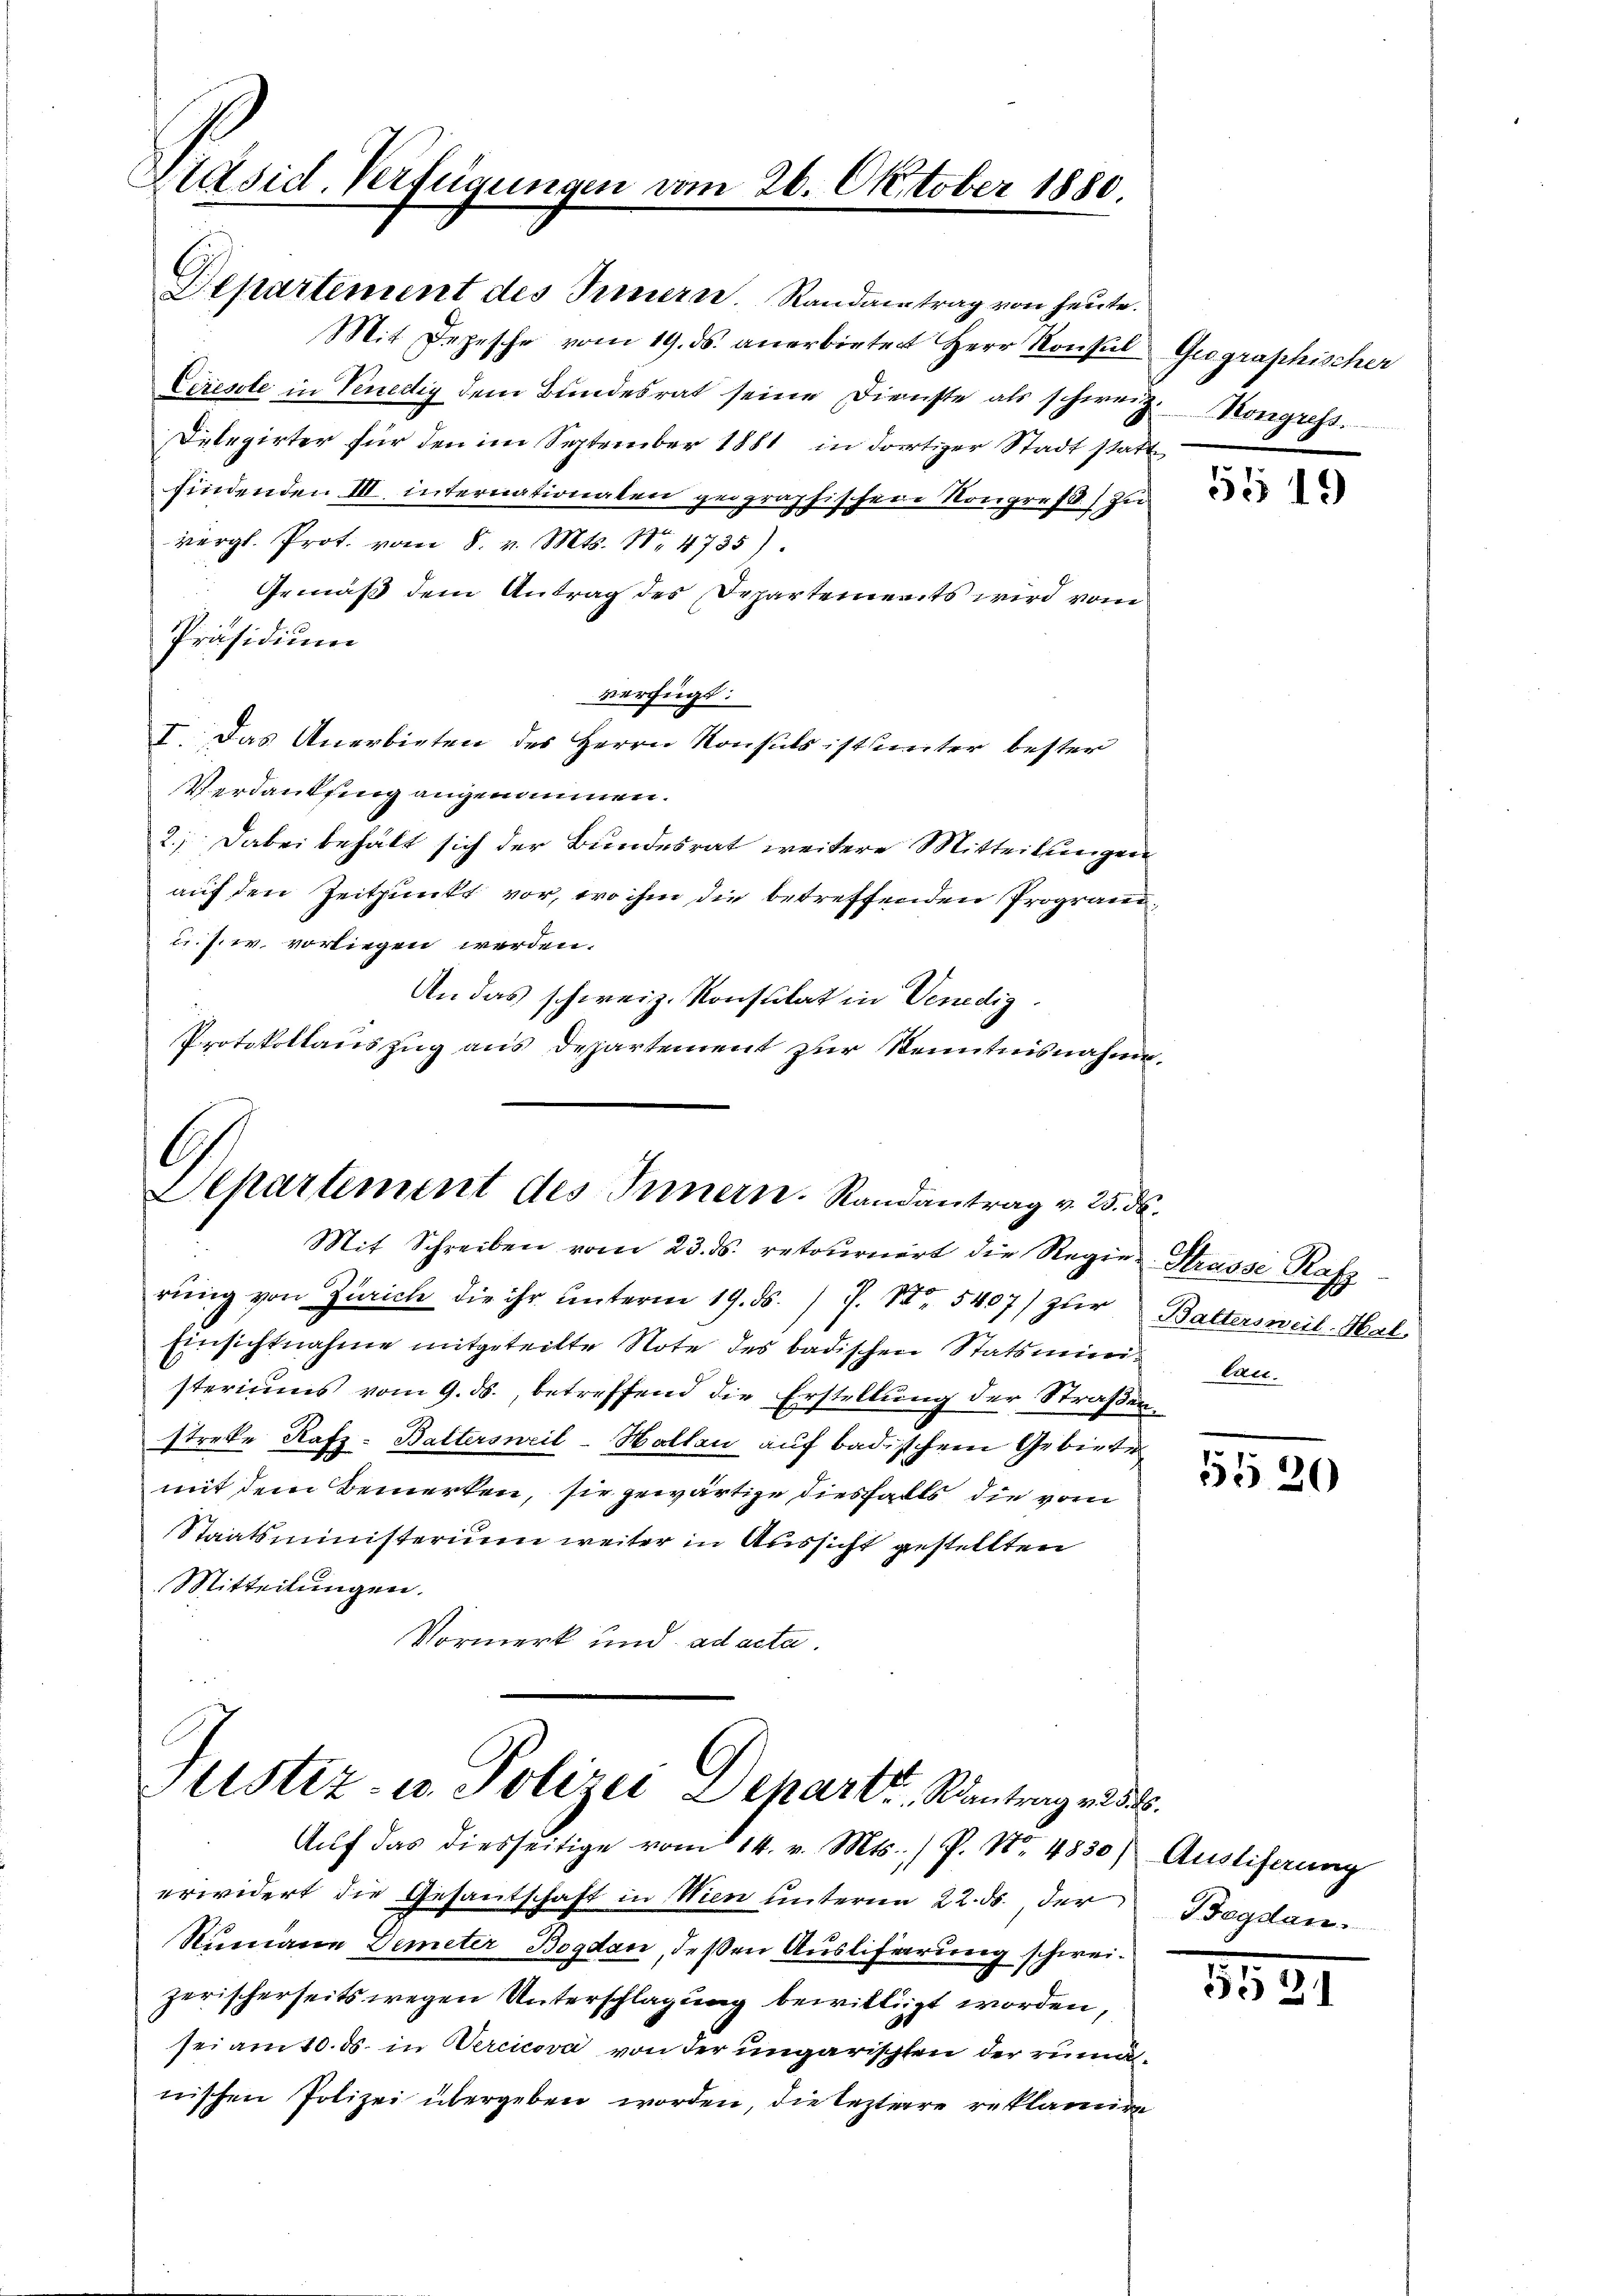
Präsid. Verfügungen vom 26. Oktober 1880.

Mit Depesche vom 19. ds. anerbietet Herr Konsul
Ceresole in Venedig dem Bundesrat seine Dienste als schweiz.
Dilegirter für den im September 1881 in dortiger Stadt stattfindenden III internationalen geographischen Kongres) zu
vergl. Prot. vom 8. v. Mts. 18. 4735).
Gemäß dem Antrag des Departements wird vom
Präsidium
verfügt:
I. Das Anerbieten des Herrn Konsuls ist unter bester
Verdankung angenommen.
2; dabei behält sich der Bundesrat weitere Mitteilungen
auf den Zeitpunkt vor, wo ihm die betreffenden Progrand¬
u. s. w. vorliegen werden.
An das schweiz. Konsulat in Venedig
Protokollauszug aus Departement zur Kenntnisnahme¬

A
Departement des Innern. Randantrag v. 25. ds.

Departement des Innern. Randantrag von heute.

Justiz- u. Polizei Departi, Rintrag an des

Mit Schreiben vom 23. ds. retoŭrniert die Regier-Strasse Rafz
rung von Zürich die ihr unterm 19. ds. / 7. No 5407) zŭr Battersweil-Hal
Einsichtnahme mitgeteilte Note des badischen Statsministeriums vom 9. ds., betreffend die Erstellung der Straßenstreke Rafz-Battersweil-Hallau auf badischem Gebiete
mit dem Bemerken, sie gewärtige diesfalls die vom
Staatsministerium weiter in Aussicht gestellten
Mitteilungen.
Vormerk und ad acta.

Aŭf das diesseitige vom 14. v. Mts. / P. Nr. 4850) Ausliferung
erwidert die Gesantschaft in Wien unterm 22. ds., der Begdau.
Rumane Demeter Bogdan, deßen Ausliferung schweig
zerischerseits wegen Unterschlagung bewilligt worden,
sei am 10. ds. in Wercicova von der ungarischten der rumanischen Polizei übergeben worden, die leztere reklamire

Geographischer
Kongress

n

5119

lau.

5520

8531